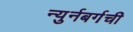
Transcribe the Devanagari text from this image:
न्युर्नबर्गची